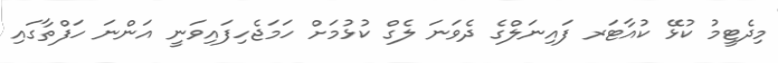
މިދެޓީމު ކުޅޭ ކުއާޓަރ ފައިނަލްގެ ދެވަނަ ލެގް ކުޅުމަށް ހަމަޖެހިފައިވަނީ އަންނަ ހަފްތާގައި